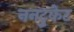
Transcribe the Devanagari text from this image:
ननटुकेट